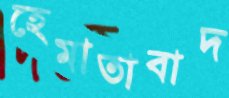
হেমাতাবাদ